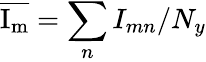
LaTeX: \mathrm{\overline{{I_{m}}}}=\sum_{n}I_{mn}/N_{y}